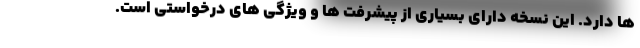
ها دارد. این نسخه دارای بسیاری از پیشرفت ها و ویژگی های درخواستی است.